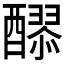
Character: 𮡄